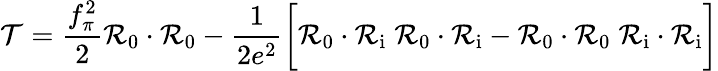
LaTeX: {\cal T}={\frac{f_{\pi}^{2}}{2}}{\cal R}_{0}\cdot{\cal R}_{0}-{\frac{1}{2e^{2}}}\biggl[{\cal R}_{0}\cdot{\cal R}_{\mathrm{i}}\; {\cal R}_{0}\cdot{\cal R}_{\mathrm{i}}-{\cal R}_{0}\cdot{\cal R}_{0}\; {\cal R}_{\mathrm{i}}\cdot{\cal R}_{\mathrm{i}}\biggr]